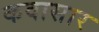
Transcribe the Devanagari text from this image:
कवासार